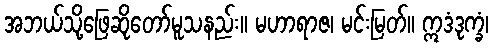
အဘယ်သို့ဖြေဆိုတော်မူသနည်း။ မဟာရာဇ၊ မင်းမြတ်။ ဣဒံဒုက္ခံ၊